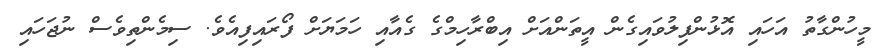
މީހުންްގާތު އަހައި އޮޅުންފިލުވައިގެން އީތަންއަށް އިބްރާހިމްގެ ގެއާއި ހަމަޔަށް ފޯރައިފިއެވެ. ސިމެންތިވެސް ނުޖަހައި